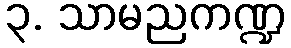
၃. သာမညကဏ္ဍ